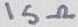
Text: 15Ω